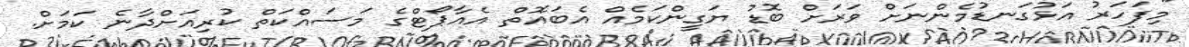
"މިފަހަރު އަޅުގަނޑުމެންނަށް ވަރަށް ބޮޑު ޔަގީންކަމެއް އެބައޮތް އެއާޕޯޓްގެ މަސައްކަތް ކުރިއަށްދާނެ ކަަމަށް.